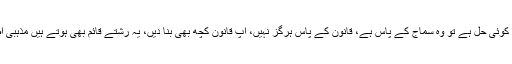
اس کا ایک پہلو تو یہی ہے کہ اگر اس قسم کے مسئلے کا اگر کوئی حل ہے تو وہ سماج کے پاس ہے، قانون کے پاس ہرگز نہیں، آپ قانون کچھ بھی بنا دیں، یہ رشتے قائم بھی ہوتے ہیں مذہبی اصولوں پر اور ٹوٹتے بھی ہیں مذہب اور عقائد ہی کے مطابق۔